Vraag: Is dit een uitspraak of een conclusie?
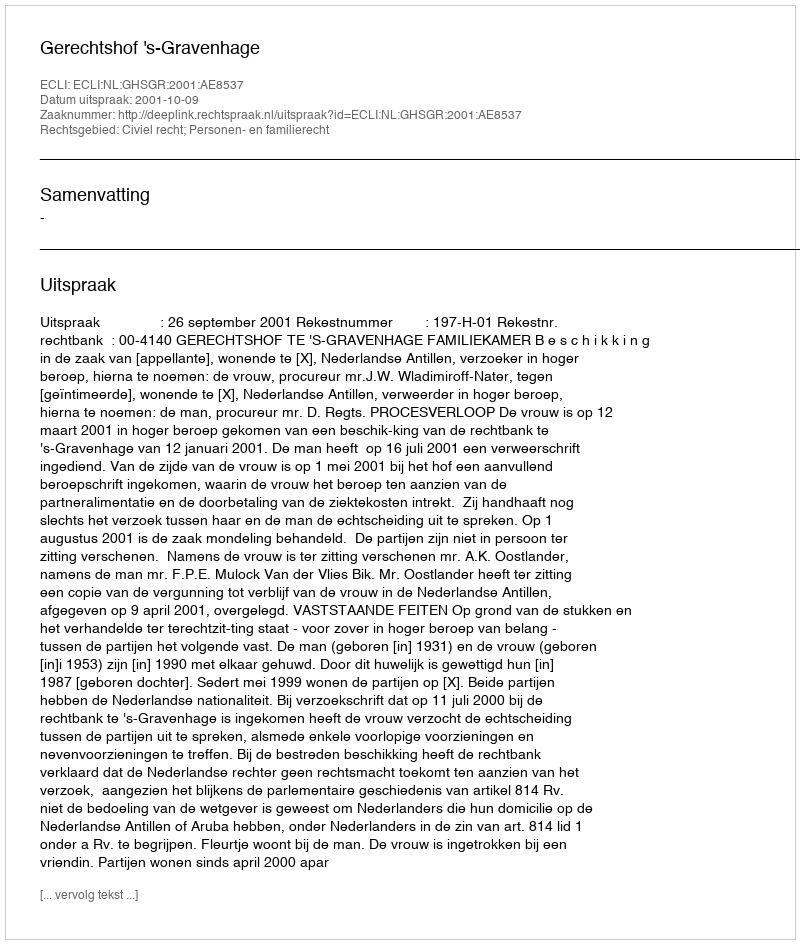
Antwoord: Uitspraak